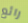
رائع